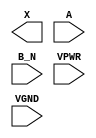
module sky130_fd_sc_hs__or2b (
    X   ,
    A   ,
    B_N ,
    VPWR,
    VGND
);

    output X   ;
    input  A   ;
    input  B_N ;
    input  VPWR;
    input  VGND;
endmodule